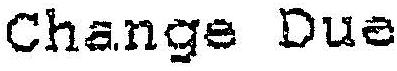
CHANGE DUE